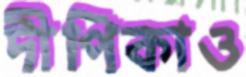
দীপিকাও